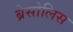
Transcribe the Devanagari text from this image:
ब्रेसोलिस